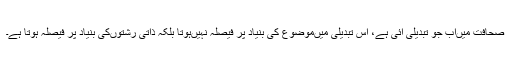
صحافت میںاب جو تبدیلی آئی ہے، اس تبدیلی میںموضوع کی بنیاد پر فیصلہ نہیںہوتا بلکہ ذاتی رشتوںکی بنیاد پر فیصلہ ہوتا ہے۔